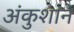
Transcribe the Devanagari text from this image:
अंकुशाने